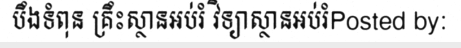
បឹងទំពុន គ្រឹះស្ថានអប់រំ វិទ្យាស្ថានអប់រំPosted by: